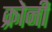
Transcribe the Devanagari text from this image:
क्रोनी